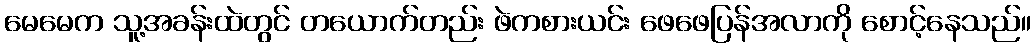
မေမေက သူ့အခန်းထဲတွင် တယောက်တည်း ဖဲကစားယင်း ဖေဖေပြန်အလာကို စောင့်နေသည်။